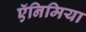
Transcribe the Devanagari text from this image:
ऍनिमिया